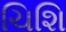
ચિશિ